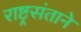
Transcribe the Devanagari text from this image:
राष्ट्रसंताने